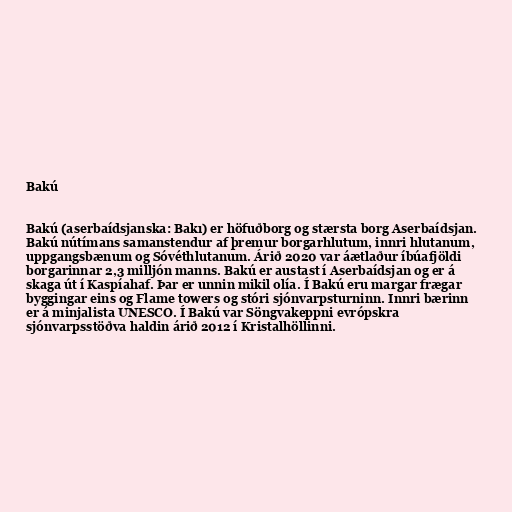
Bakú

Bakú (aserbaídsjanska: Bakı) er höfuðborg og stærsta borg Aserbaídsjan.
Bakú nútímans samanstendur af þremur borgarhlutum, innri hlutanum,
uppgangsbænum og Sóvéthlutanum. Árið 2020 var áætlaður íbúafjöldi
borgarinnar 2,3 milljón manns. Bakú er austast í Aserbaídsjan og er á
skaga út í Kaspíahaf. Þar er unnin mikil olía. Í Bakú eru margar frægar
byggingar eins og Flame towers og stóri sjónvarpsturninn. Innri bærinn
er á minjalista UNESCO. Í Bakú var Söngvakeppni evrópskra
sjónvarpsstöðva haldin árið 2012 í Kristalhöllinni.